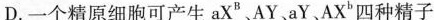
D. 一个精原细胞可产生aX^{B}、AY、aY、AX^{b}四种精子